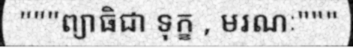
"""ព្យាធិជា ទុក្ខ , មរណៈ"""